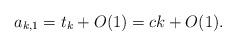
LaTeX: \begin{align*}a_{k,1}= t_k+O(1)=ck+O(1).\end{align*}